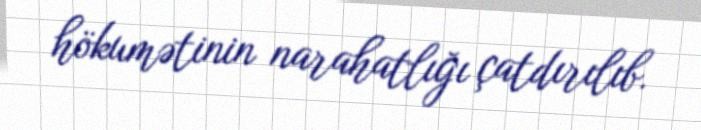
hökumətinin narahatlığı çatdırılıb.